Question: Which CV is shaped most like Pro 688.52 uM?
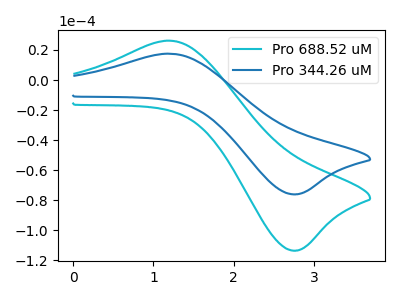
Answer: <think>The cyan curve "Pro 688.52 uM" has an anodic peak at (1.20V, 26.15uA) and a cathodic peak at (2.80V, -113.55uA). The blue curve "Pro 344.26 uM" has an anodic peak at (1.20V, 17.55uA) and a cathodic peak at (2.80V, -76.10uA).
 All the peaks in "Pro 688.52 uM" have a peak in "Pro 344.26 uM" at the same potential. Every peak in "Pro 688.52 uM" is higher than every peak in "Pro 344.26 uM".</think>
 <answer>The CV with the most similar shape to "Pro 344.26 uM" is "Pro 688.52 uM".</answer>
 <eval>"Pro 688.52 uM"</eval>